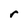
Character: r